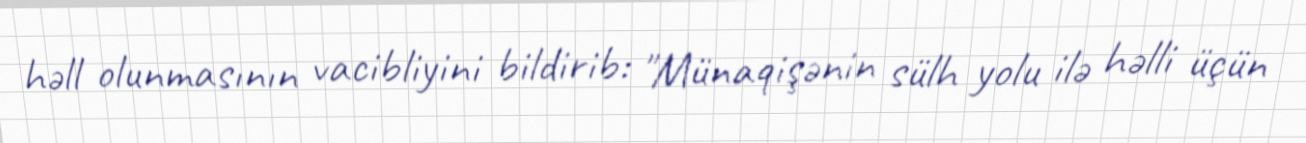
həll olunmasının vacibliyini bildirib: "Münaqişənin sülh yolu ilə həlli üçün